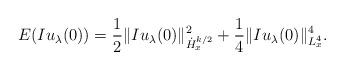
LaTeX: \begin{align*}E(Iu_\lambda(0)) = \frac{1}{2}\|Iu_\lambda(0)\|^2_{\dot{H}^{k/2}_x} +\frac{1}{4}\|Iu_\lambda(0)\|^4_{L^4_x}. \end{align*}